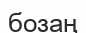
бозаң